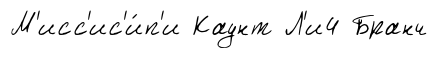
М'исс'ис'и́п'и Каунт Л'и4 Бранч